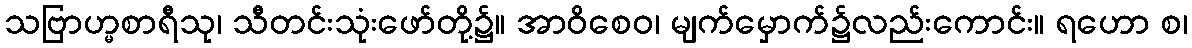
သဗြာဟ္မစာရီသု၊ သီတင်းသုံးဖော်တို့၌။ အာဝိစေဝ၊ မျက်မှောက်၌လည်းကောင်း။ ရဟော စ၊